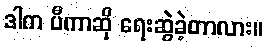
ဒါက ပီကာဆို ရေးဆွဲခဲ့တာလား။